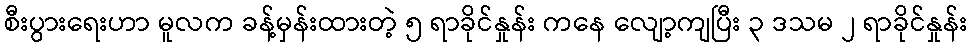
စီးပွားရေးဟာ မူလက ခန့်မှန်းထားတဲ့ ၅ ရာခိုင်နှုန်း ကနေ လျော့ကျပြီး ၃ ဒသမ ၂ ရာခိုင်နှုန်း